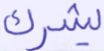
يشرك